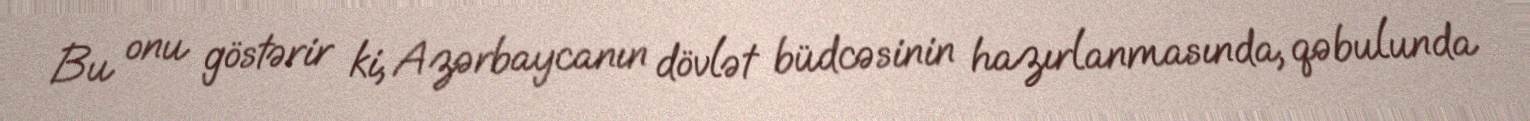
Bu onu göstərir ki, Azərbaycanın dövlət büdcəsinin hazırlanmasında, qəbulunda